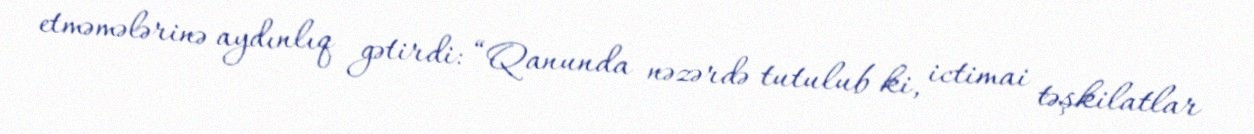
etməmələrinə aydınlıq gətirdi: “Qanunda nəzərdə tutulub ki, ictimai təşkilatlar